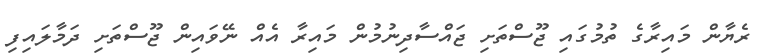
ރެޔާން މައިރާގެ ތުމުގައި ޖޫސްތަށި ޖައްސާދިނުމުން މައިރާ އެއް ނޭވައިން ޖޫސްތަށި ދަމާލައިފި